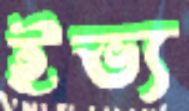
ইভ্য